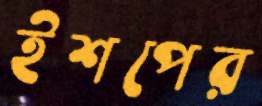
ইশপের